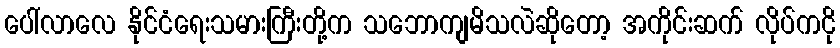
ပေါ်လာလေ နိုင်ငံရေးသမားကြီးတို့က သဘောကျမိသလဲဆိုတော့ အကိုင်းဆက် လိုပ်ကငို